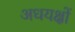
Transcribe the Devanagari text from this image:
अधयक्षों